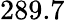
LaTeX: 289.7